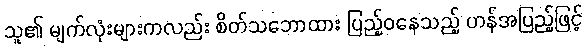
သူ၏ မျက်လုံးများကလည်း စိတ်သဘောထား ပြည့်ဝနေသည့် ဟန်အပြည့်ဖြင့်